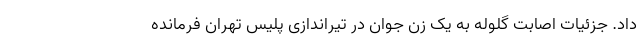
داد. جزئیات اصابت گلوله به یک زن جوان در تیراندازی پلیس تهران فرمانده